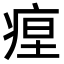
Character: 𤶚